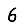
Digit: 6